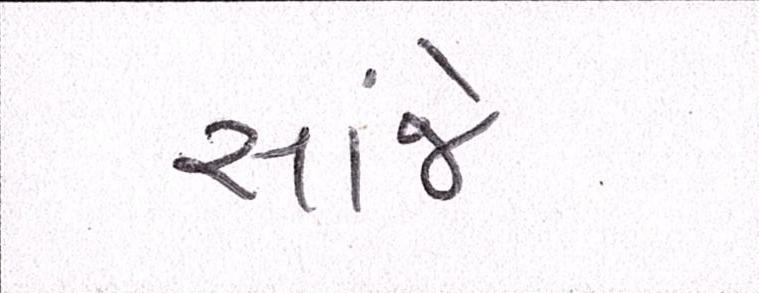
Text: સાંજે